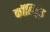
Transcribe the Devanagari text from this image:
कॉलिवुड